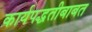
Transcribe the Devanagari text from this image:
कार्यपद्धतीबाबत